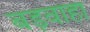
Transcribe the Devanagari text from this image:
बड़वाहा